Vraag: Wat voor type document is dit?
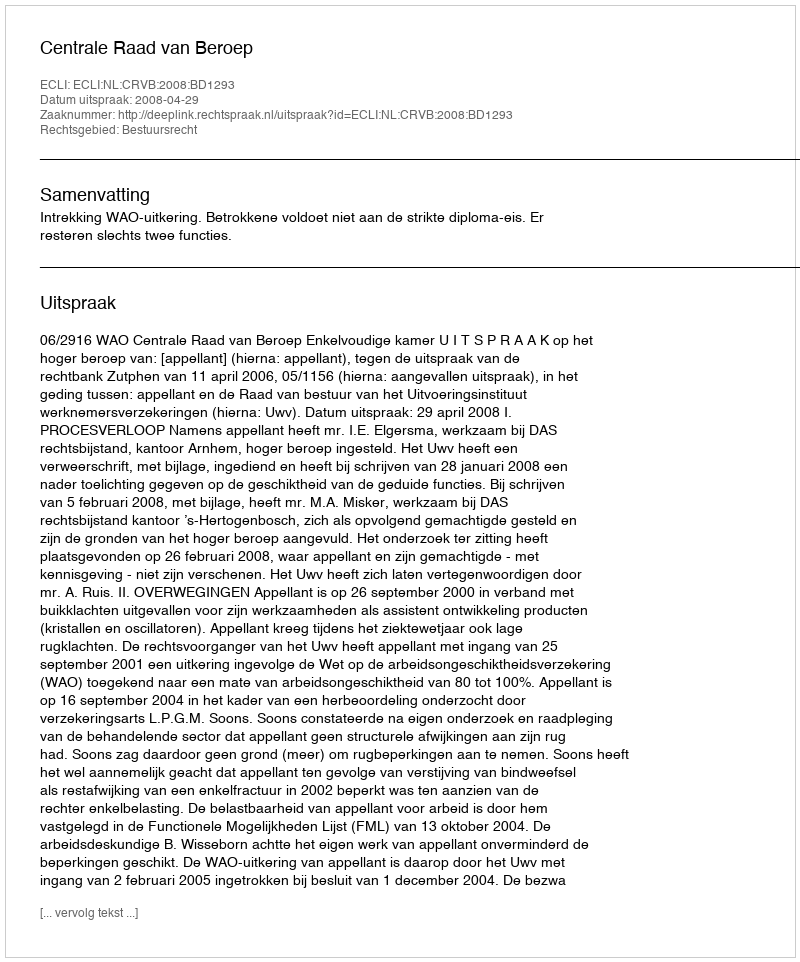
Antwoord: Uitspraak